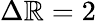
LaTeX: \Delta\mathbb{R}=2